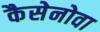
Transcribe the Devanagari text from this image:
कैसेनोवा